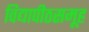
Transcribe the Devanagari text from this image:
विद्यापीठसमूह